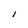
Character: 1